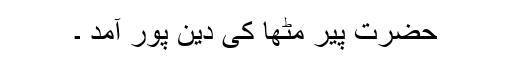
حضرت پیر مٹھا کی دین پور آمد ۔